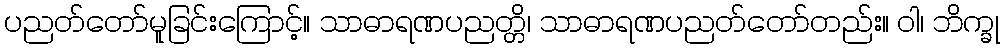
ပညတ်တော်မူခြင်းကြောင့်။ သာဓာရဏပညတ္တိ၊ သာဓာရဏပညတ်တော်တည်း။ ဝါ၊ ဘိက္ခု